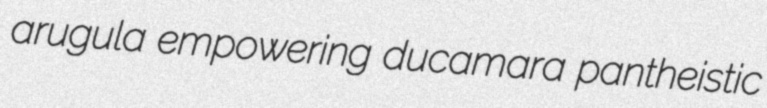
arugula empowering ducamara pantheistic